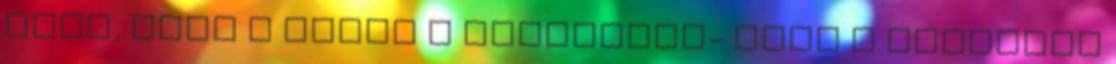
soha, hogy ő lenne a könyvbéli- majd a filmbéli